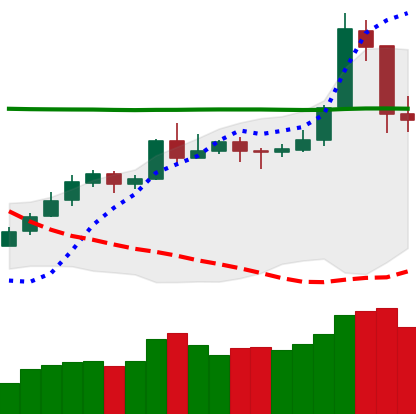
Ticker: NEO-USD
Chart end date: 2020-05-11
Forward return: 3.498%
Label: up_3_5